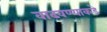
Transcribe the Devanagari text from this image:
वाढवण्याकडे